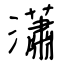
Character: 瀟